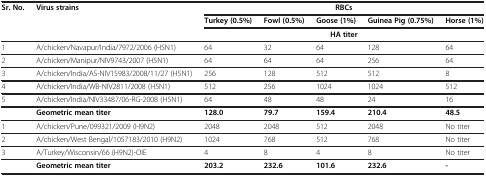
<table><thead><tr><td><b>Sr. No.</b></td><td><b>Virus strains</b></td><td colspan="5"><b>RBCs</b></td></tr><tr><td><b> </b></td><td><b> </b></td><td><b>Turkey (0.5%)</b></td><td><b>Fowl (0.5%)</b></td><td><b>Goose (1%)</b></td><td><b>Guinea Pig (0.75%)</b></td><td><b>Horse (1%)</b></td></tr><tr><td><b> </b></td><td><b> </b></td><td colspan="5"><b>HA titer</b></td></tr></thead><tbody><tr><td>1</td><td>A/chicken/Navapur/India/7972/2006 (H5N1)</td><td>64</td><td>32</td><td>64</td><td>128</td><td>64</td></tr><tr><td>2</td><td>A/chicken/Manipur/NIV9743/2007 (H5N1)</td><td>64</td><td>64</td><td>64</td><td>256</td><td>64</td></tr><tr><td>3</td><td>A/chicken/India/AS-NIV15983/2008/11/27 (H5N1)</td><td>256</td><td>128</td><td>512</td><td>512</td><td>8</td></tr><tr><td>4</td><td>A/chicken/India/WB-NIV2811/2008 (H5N1)</td><td>512</td><td>256</td><td>1024</td><td>1024</td><td>512</td></tr><tr><td>5</td><td>A/chicken/India/NIV33487/06-RG-2008 (H5N1)</td><td>64</td><td>48</td><td>48</td><td>24</td><td>16</td></tr><tr><td> </td><td><b>Geometric mean titer</b></td><td><b>128.0</b></td><td><b>79.7</b></td><td><b>159.4</b></td><td><b>210.4</b></td><td><b>48.5</b></td></tr><tr><td>1</td><td>A/chicken/Pune/099321/2009 (H9N2)</td><td>2048</td><td>2048</td><td>512</td><td>2048</td><td>No titer</td></tr><tr><td>2</td><td>A/chicken/West Bengal/1057183/2010 (H9N2)</td><td>1024</td><td>768</td><td>512</td><td>768</td><td>No titer</td></tr><tr><td>3</td><td>A/Turkey/Wisconsin/66 (H9N2)-OIE</td><td>4</td><td>8</td><td>4</td><td>8</td><td>No titer</td></tr><tr><td> </td><td><b>Geometric mean titer</b></td><td><b>203.2</b></td><td><b>232.6</b></td><td><b>101.6</b></td><td><b>232.6</b></td><td><b>-</b></td></tr></tbody></table>